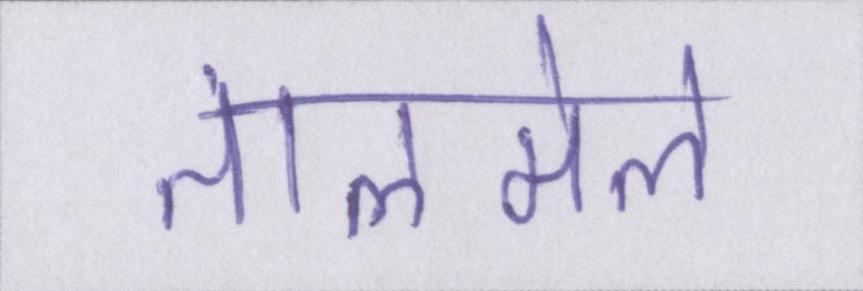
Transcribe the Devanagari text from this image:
तालमेल